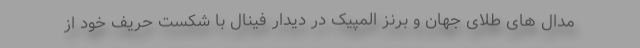
مدال های طلای جهان و برنز المپیک در دیدار فینال با شکست حریف خود از